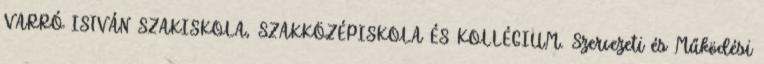
VARRÓ ISTVÁN SZAKISKOLA, SZAKKÖZÉPISKOLA ÉS KOLLÉGIUM. Szervezeti és Működési